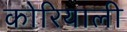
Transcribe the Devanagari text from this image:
कोरियाली